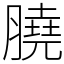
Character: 膮